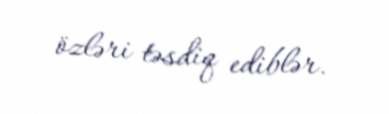
özləri təsdiq ediblər.